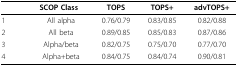
<table><thead><tr><td colspan="2"><b>SCOP Class</b></td><td><b>TOPS</b></td><td><b>TOPS+</b></td><td><b>advTOPS+</b></td></tr></thead><tbody><tr><td>1</td><td>All alpha</td><td>0.76/0.79</td><td>0.83/0.85</td><td>0.82/0.88</td></tr><tr><td>2</td><td>All beta</td><td>0.89/0.85</td><td>0.85/0.83</td><td>0.87/0.86</td></tr><tr><td>3</td><td>Alpha/beta</td><td>0.82/0.75</td><td>0.75/0.70</td><td>0.77/0.70</td></tr><tr><td>4</td><td>Alpha+beta</td><td>0.84/0.75</td><td>0.84/0.74</td><td>0.90/0.81</td></tr></tbody></table>